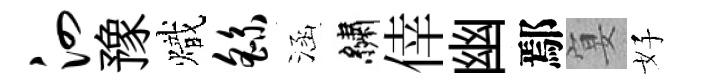
泗豫熾繇涵繡倖幽鄢宴好